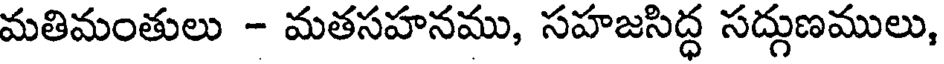
మతిమంతులు - మతసహనము, సహజసిద్ధ సద్గుణములు,